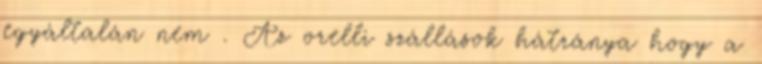
egyáltalán nem . Az orelli szállások hátránya hogy a